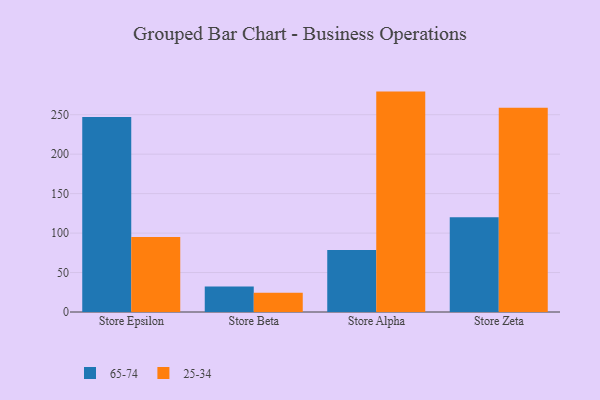
{"axis": {"x": "Store", "y": "Market Share (%)"}, "legend": ["25-34", "65-74"], "data": [{"x": "Store Epsilon", "y": 247.1, "type": "65-74"}, {"x": "Store Epsilon", "y": 95.2, "type": "25-34"}, {"x": "Store Beta", "y": 32.2, "type": "65-74"}, {"x": "Store Beta", "y": 24.3, "type": "25-34"}, {"x": "Store Alpha", "y": 78.5, "type": "65-74"}, {"x": "Store Alpha", "y": 279.3, "type": "25-34"}, {"x": "Store Zeta", "y": 120.0, "type": "65-74"}, {"x": "Store Zeta", "y": 258.8, "type": "25-34"}]}